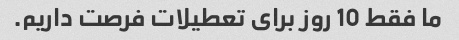
ما فقط 10 روز برای تعطیلات فرصت داریم.